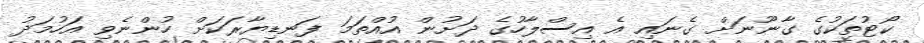
ކޯޓުތަކުގެ ގާނޫނަށް ގެނައި އެ އިސްލާހުގެ ދަށުން އުއްތަމަ ފަނޑިޔާރަކަށް ހުންނެވި އަހުމަދު